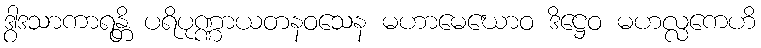
ဒွါဒသာကာရန္တိ ပရိပုဏ္ဏာယတနဝသေန မဟာမေဃောဝ ဒိဋ္ဌေဝ မဟလ္လကေဟိ